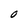
Character: O